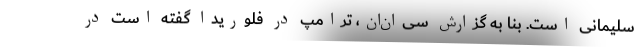
سلیمانی است. بنا به گزارش سی‌ان‌ان، ترامپ در فلوریدا گفته است در